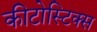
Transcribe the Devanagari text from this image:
कीटोस्टिक्स